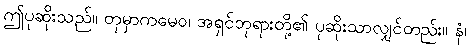
ဤပုဆိုးသည်။ တုမှာကမေဝ၊ အရှင်ဘုရားတို့၏ ပုဆိုးသာလျှင်တည်း။ နံ၊